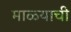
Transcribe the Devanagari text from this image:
माळ्याची